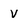
Character: V